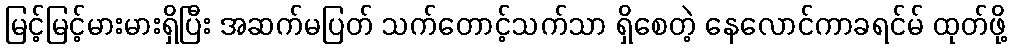
မြင့်မြင့်မားမားရှိပြီး အဆက်မပြတ် သက်တောင့်သက်သာ ရှိစေတဲ့ နေလောင်ကာခရင်မ် ထုတ်ဖို့